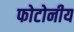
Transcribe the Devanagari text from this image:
फोटोनीय